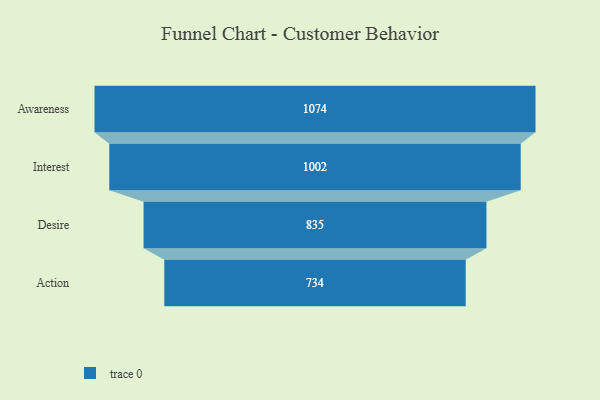
{"axis": {"x": "Stage", "y": "Value"}, "legend": [""], "data": [{"x": "Awareness", "y": 1074.0, "type": ""}, {"x": "Interest", "y": 1002.0, "type": ""}, {"x": "Desire", "y": 835.0, "type": ""}, {"x": "Action", "y": 734.0, "type": ""}]}